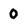
Character: 0